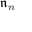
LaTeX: { \mathfrak { n } } _ { n }